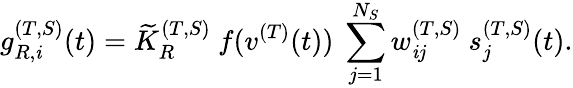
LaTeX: g_{R,\mathit{i}}^{(T,S)}(t)={\widetilde{K}}_{R}^{(T,S)}~f(v^{(T)}(t))~\sum_{j=1}^{N_{S}}w_{\mathit{i}j}^{(T,S)}~s_{j}^{(T,S)}(t).